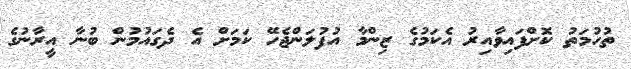
ތުހުމަތު ކޮށްފައިވާއިރު އެކަމުގެ ޒިންމާ އުފުލަންޖެހޭ ކަމަށް އެ ދެގައުމުން ބުނާ އީރާނުގެ